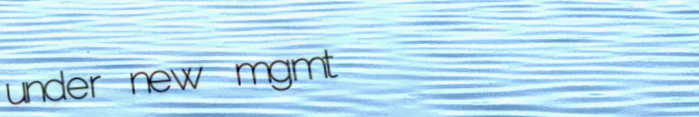
under new mgmt